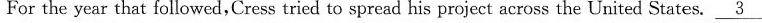
For the year that followed,Cress tried to spread his project across the United States. \underline{3}